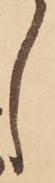
し